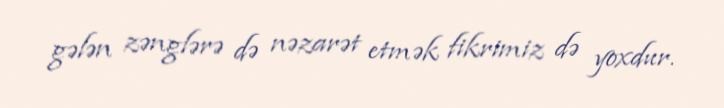
gələn zənglərə də nəzarət etmək fikrimiz də yoxdur.